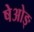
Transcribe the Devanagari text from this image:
षेओङ्